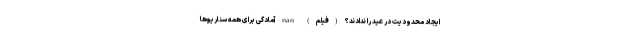
ایجاد محدودیت در عید را ندادند؟ (فیلم) nan آمادگی برای همه سناریوها